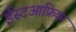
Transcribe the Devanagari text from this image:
ईस्टआफ्रिका